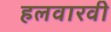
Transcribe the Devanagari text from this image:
हलवारवी